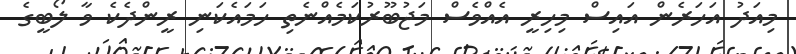
މިއަދު އަހަރެން އައިސް މިހިރީ އެއްވެސް މަޖުބޫރުކަމެއްނެތި ހަމައެކަނި ރީންދެކެ ވާ ލޯބީގެ